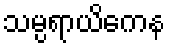
သမ္ပရာယိကေန